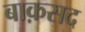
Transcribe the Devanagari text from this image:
बाक़सद